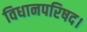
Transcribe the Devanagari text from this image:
विधानपरिषद।